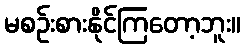
မစဉ်းစားနိုင်ကြတော့ဘူး။